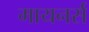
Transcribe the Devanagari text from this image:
मायनर्स